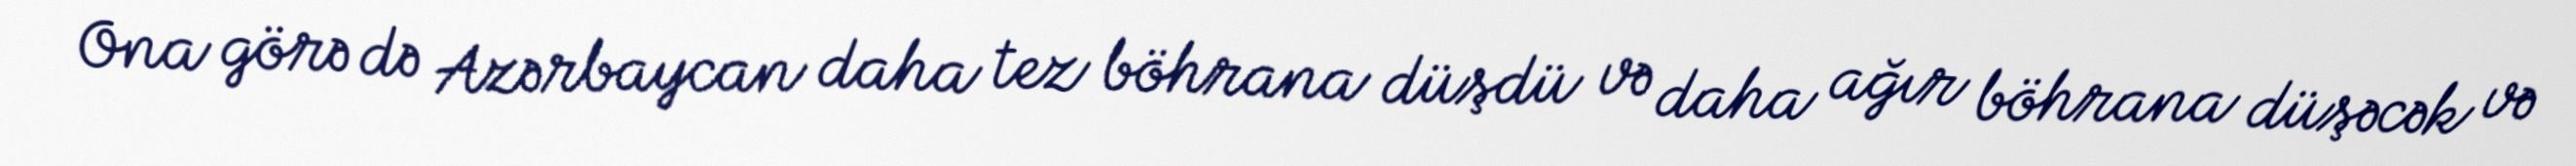
Ona görə də Azərbaycan daha tez böhrana düşdü və daha ağır böhrana düşəcək və